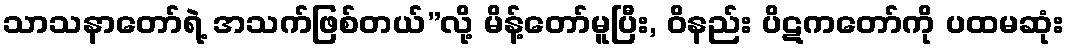
သာသနာတော်ရဲ့ အသက်ဖြစ်တယ်”လို့ မိန့်တော်မူပြီး, ဝိနည်း ပိဋကတော်ကို ပထမဆုံး